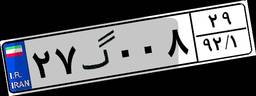
۷۲گ۹۰۸۱۸